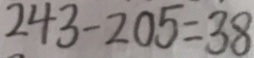
2 4 3 - 2 0 5 = 3 8